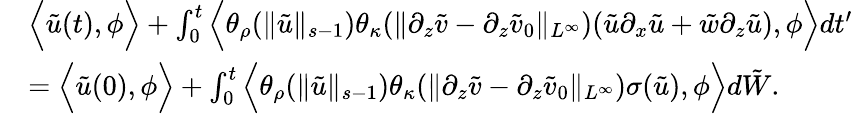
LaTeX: \begin{array}{rl}&{\Big\langle\tilde{u}(t),\phi\Big\rangle+\int_{0}^{t}\Big\langle\theta_{\rho}(\| \tilde{u}\| _{s-1})\theta_{\kappa}(\| \partial_{z}\tilde{v}-\partial_{z}\tilde{v}_{0}\| _{L^{\infty}})(\tilde{u}\partial_{x}\tilde{u}+\tilde{w}\partial_{z}\tilde{u}),\phi\Big\rangle dt^{\prime}}\\ &{=\Big\langle\tilde{u}(0),\phi\Big\rangle+\int_{0}^{t}\Big\langle\theta_{\rho}(\| \tilde{u}\| _{s-1})\theta_{\kappa}(\| \partial_{z}\tilde{v}-\partial_{z}\tilde{v}_{0}\| _{L^{\infty}})\sigma(\tilde{u}),\phi\Big\rangle d\tilde{W}.}\end{array}